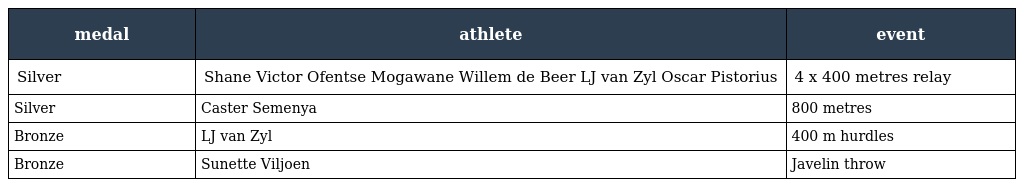
| medal | athlete | event |
 | --- | --- | --- |
 | Silver | Shane Victor Ofentse Mogawane Willem de Beer LJ van Zyl Oscar Pistorius | 4 x 400 metres relay |
 | Silver | Caster Semenya | 800 metres |
 | Bronze | LJ van Zyl | 400 m hurdles |
 | Bronze | Sunette Viljoen | Javelin throw |